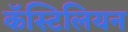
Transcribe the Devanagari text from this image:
कॅस्टिलियन